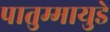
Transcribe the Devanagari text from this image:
पातुम्मायुडे